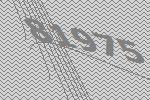
81975